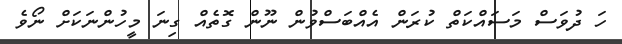
ހަ ދުވަސް މަސައްކަތް ކުރަން އެއްބަސްވުން ނޫން ގޮތެއް ގިނަ މީހުންނަކަށް ނޯވެ